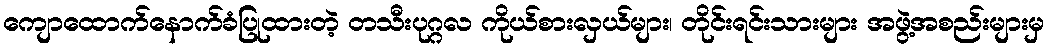
ကျောထောက်နောက်ခံပြုထားတဲ့ တသီးပုဂ္ဂလ ကိုယ်စားလှယ်များ၊ တိုင်းရင်းသားများ အဖွဲ့အစည်းများမှ